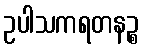
ဥပါသကရတနဉ္စ